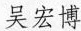
吴宏博